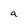
Character: a